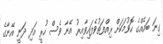
ގިނަ ބައެއްގެ ހޮވުމަކަށް ރިއްފަތުވެފައިވާއިރު އޭނާ ވެސް ހުރީ އަދި ދަނީ އޭނާގެ